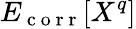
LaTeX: E_{\mathrm{~c~o~r~r~}}[X^{q}]